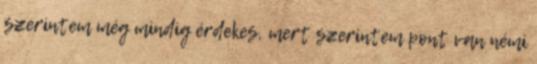
szerintem még mindig érdekes, mert szerintem pont van némi